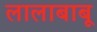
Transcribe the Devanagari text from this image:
लालाबाबू